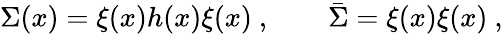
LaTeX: \Sigma(x)=\xi(x)h(x)\xi(x)\ ,\qquad{\bar{\Sigma}}=\xi(x)\xi(x)\ ,